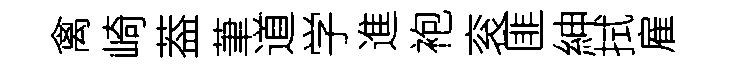
禽崎葢茟道学進袍衮匪紳拭雇